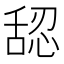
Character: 𰰅